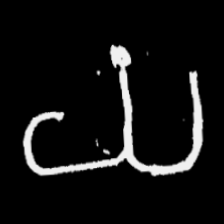
Pyu character \u2014 Myanmar letter: ယ (romanized: ya)